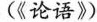
(《论语》)